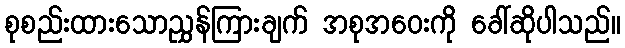
စုစည်းထားသောညွှန်ကြားချက် အစုအဝေးကို ခေါ်ဆိုပါသည်။